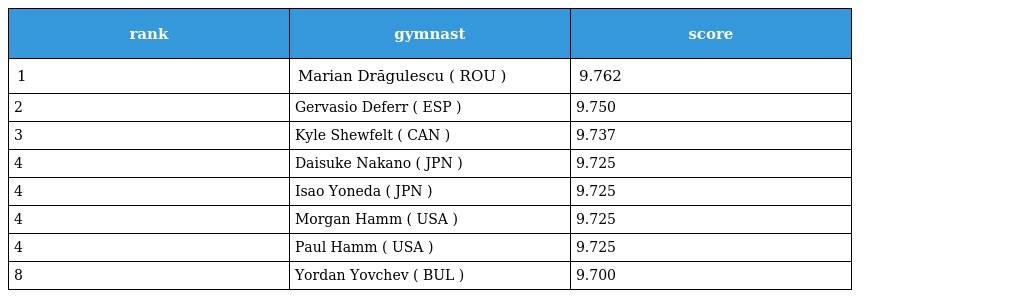
| rank | gymnast | score |
 | --- | --- | --- |
 | 1 | Marian Drăgulescu ( ROU ) | 9.762 |
 | 2 | Gervasio Deferr ( ESP ) | 9.750 |
 | 3 | Kyle Shewfelt ( CAN ) | 9.737 |
 | 4 | Daisuke Nakano ( JPN ) | 9.725 |
 | 4 | Isao Yoneda ( JPN ) | 9.725 |
 | 4 | Morgan Hamm ( USA ) | 9.725 |
 | 4 | Paul Hamm ( USA ) | 9.725 |
 | 8 | Yordan Yovchev ( BUL ) | 9.700 |